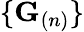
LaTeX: \{ \mathbf{G}_{(n)}\}